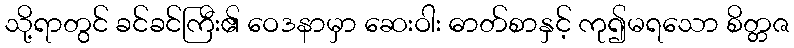
သို့ရာတွင် ခင်ခင်ကြီး၏ ဝေဒနာမှာ ဆေးဝါး ဓာတ်စာနှင့် ကု၍မရသော စိတ္တဇ